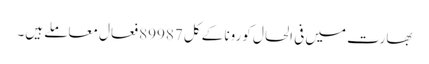
بھارت میں فی الحال کورونا کے کل 89987 فعال معاملے ہیں۔